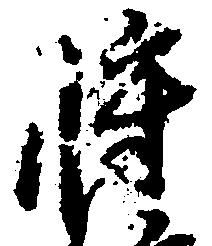
将